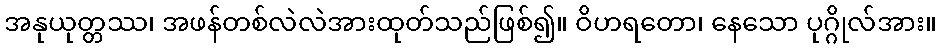
အနုယုတ္တဿ၊ အဖန်တစ်လဲလဲအားထုတ်သည်ဖြစ်၍။ ဝိဟရတော၊ နေသော ပုဂ္ဂိုလ်အား။